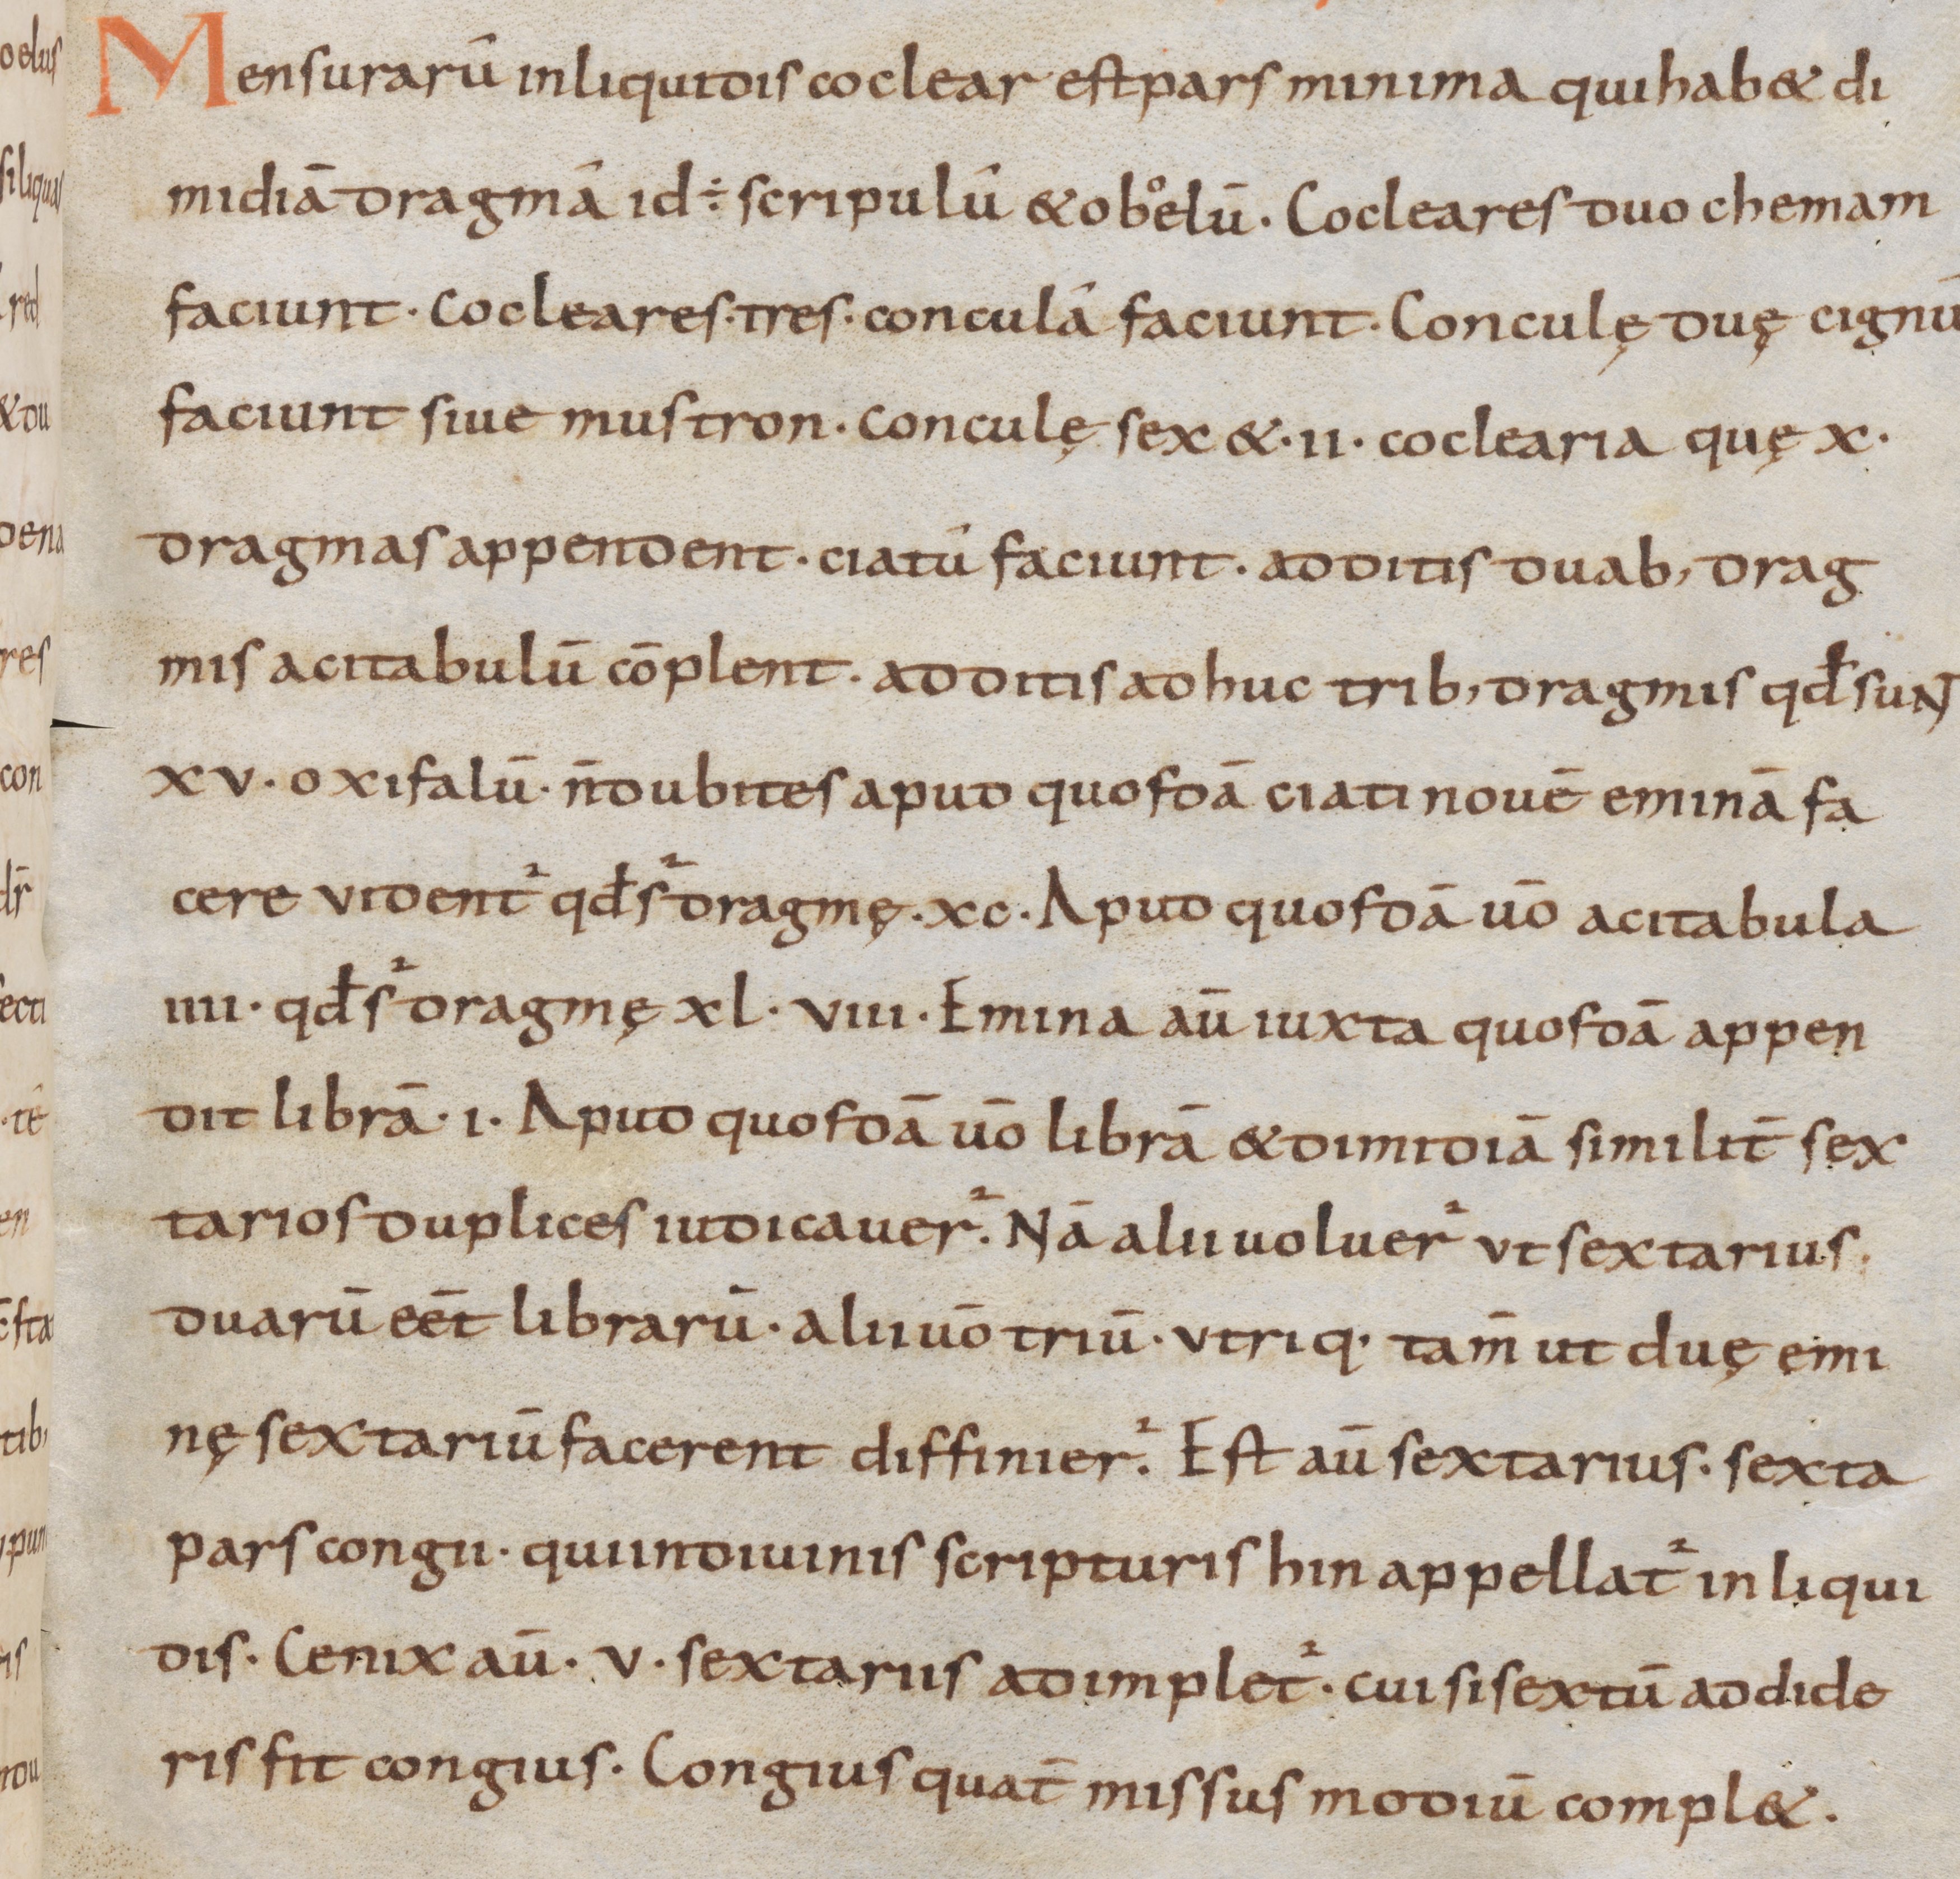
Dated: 800–1299